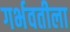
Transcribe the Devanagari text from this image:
गर्भवतीला